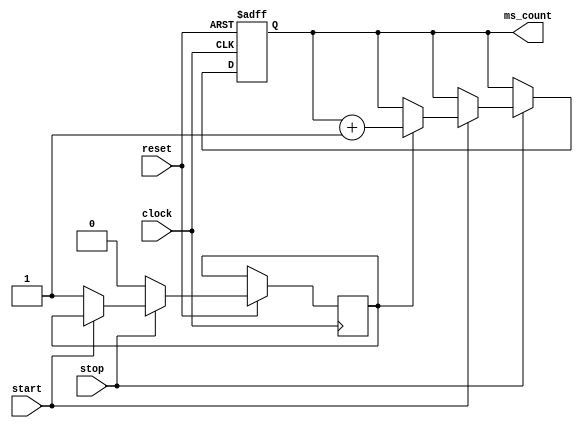
module counter(input clock, reset, start, stop, output reg [19:0] ms_count);
	
	reg count_flag = 1'b0;
	
	always@(posedge clock, negedge reset) begin
	
		if (!reset)
			ms_count <= 1'b0;

		else if (!stop)
			count_flag <= 1'b0;

		else if (!start)
			count_flag <= 1'b1;
		
		else if (count_flag)
			ms_count <= ms_count + 1'b1;
				
	end
endmodule